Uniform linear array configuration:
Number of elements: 48
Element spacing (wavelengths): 0.75
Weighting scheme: hamming
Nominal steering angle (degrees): -45
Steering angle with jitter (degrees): -43.668
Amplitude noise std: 0.05
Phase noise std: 0.05

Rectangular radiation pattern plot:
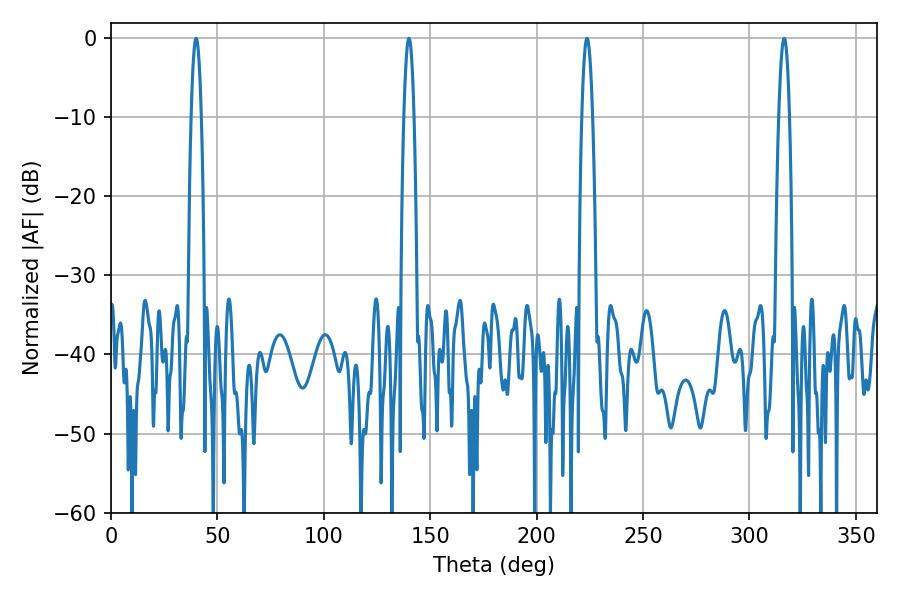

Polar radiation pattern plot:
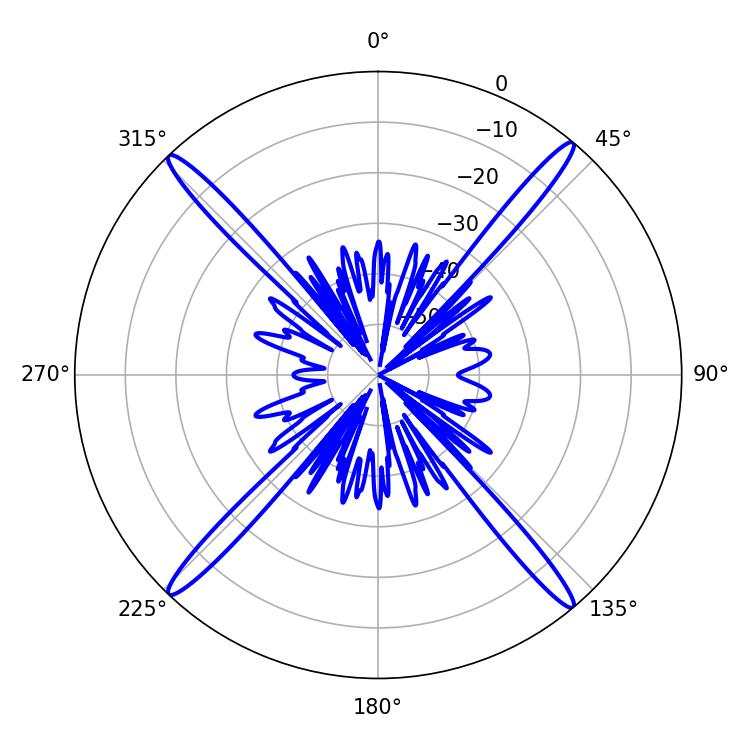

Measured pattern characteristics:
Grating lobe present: TRUE
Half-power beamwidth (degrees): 2.52
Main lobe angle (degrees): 39.96